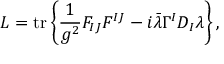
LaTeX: L = \operatorname { t r } \left\{ { \frac { 1 } { g ^ { 2 } } } F _ { I J } F ^ { I J } - i { \bar { \lambda } } \Gamma ^ { I } D _ { I } \lambda \right\} ,